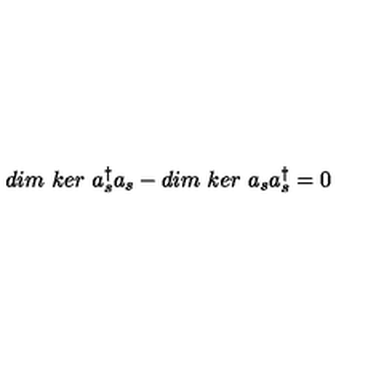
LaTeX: d i m \ k e r \ a _ { s } ^ { \dagger } a _ { s } - d i m \ k e r \ a _ { s } a _ { s } ^ { \dagger } = 0